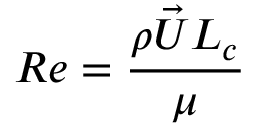
R e = \frac { \rho \vec { U } L _ { c } } { \mu }